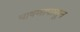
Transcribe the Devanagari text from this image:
भाषणापासून